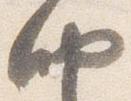
納